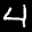
Label: 4